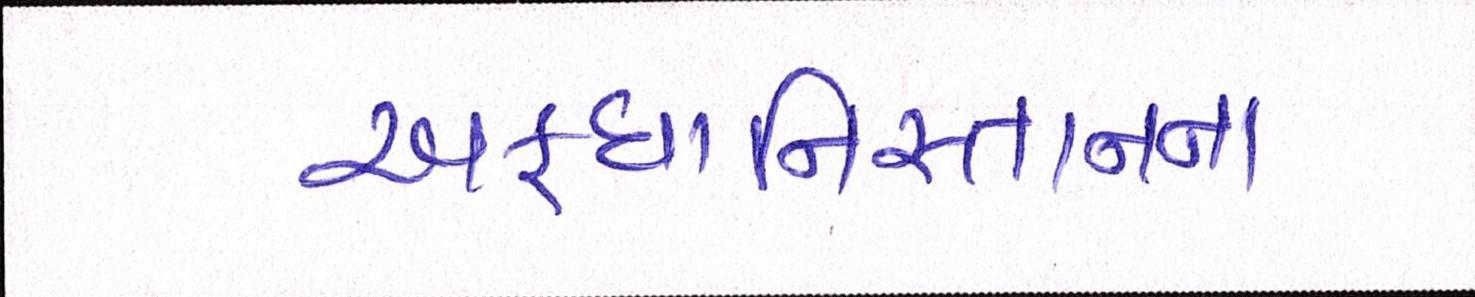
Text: અફઘાનિસ્તાનના